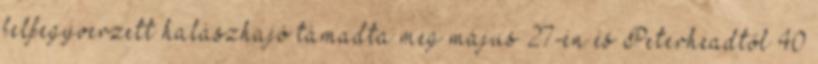
felfegyverzett halászhajó támadta meg május 27-én és Peterheadtől 40